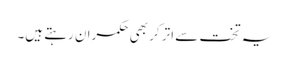
یہ تخت سے اتر کر بھی حکمران رہتے ہیں۔